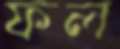
ফল